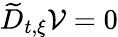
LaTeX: \widetilde{D}_{t,\xi}\mathcal{V}=0